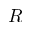
{ \cal R }